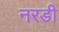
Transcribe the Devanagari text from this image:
नरडी